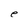
Character: e